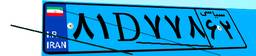
۸۱D۷۷۸۶۲